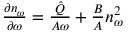
\begin{array} { r } { \frac { \partial n _ { \omega } } { \partial \omega } = \frac { \hat { Q } } { A \omega } + \frac { B } { A } n _ { \omega } ^ { 2 } } \end{array}